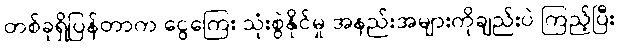
တစ်ခုရှိပြန်တာက ငွေကြေး သုံးစွဲနိုင်မှု အနည်းအများကိုချည်းပဲ ကြည့်ပြီး